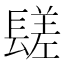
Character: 𨲠